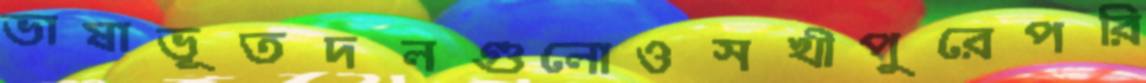
ভাষাভূতদলগুলোওসখীপুরেপরি